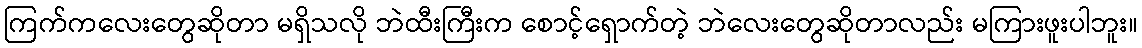
ကြက်ကလေးတွေဆိုတာ မရှိသလို ဘဲထီးကြီးက စောင့်ရှောက်တဲ့ ဘဲလေးတွေဆိုတာလည်း မကြားဖူးပါဘူး။